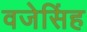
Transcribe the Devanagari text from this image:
वजेसिंह